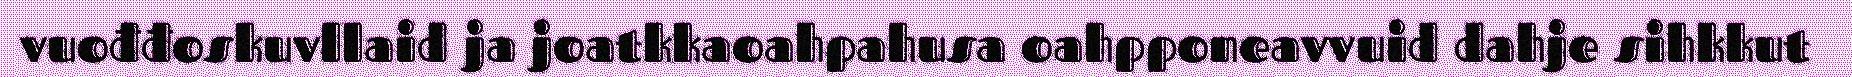
vuođđoskuvllaid ja joatkkaoahpahusa oahpponeavvuid dahje sihkkut